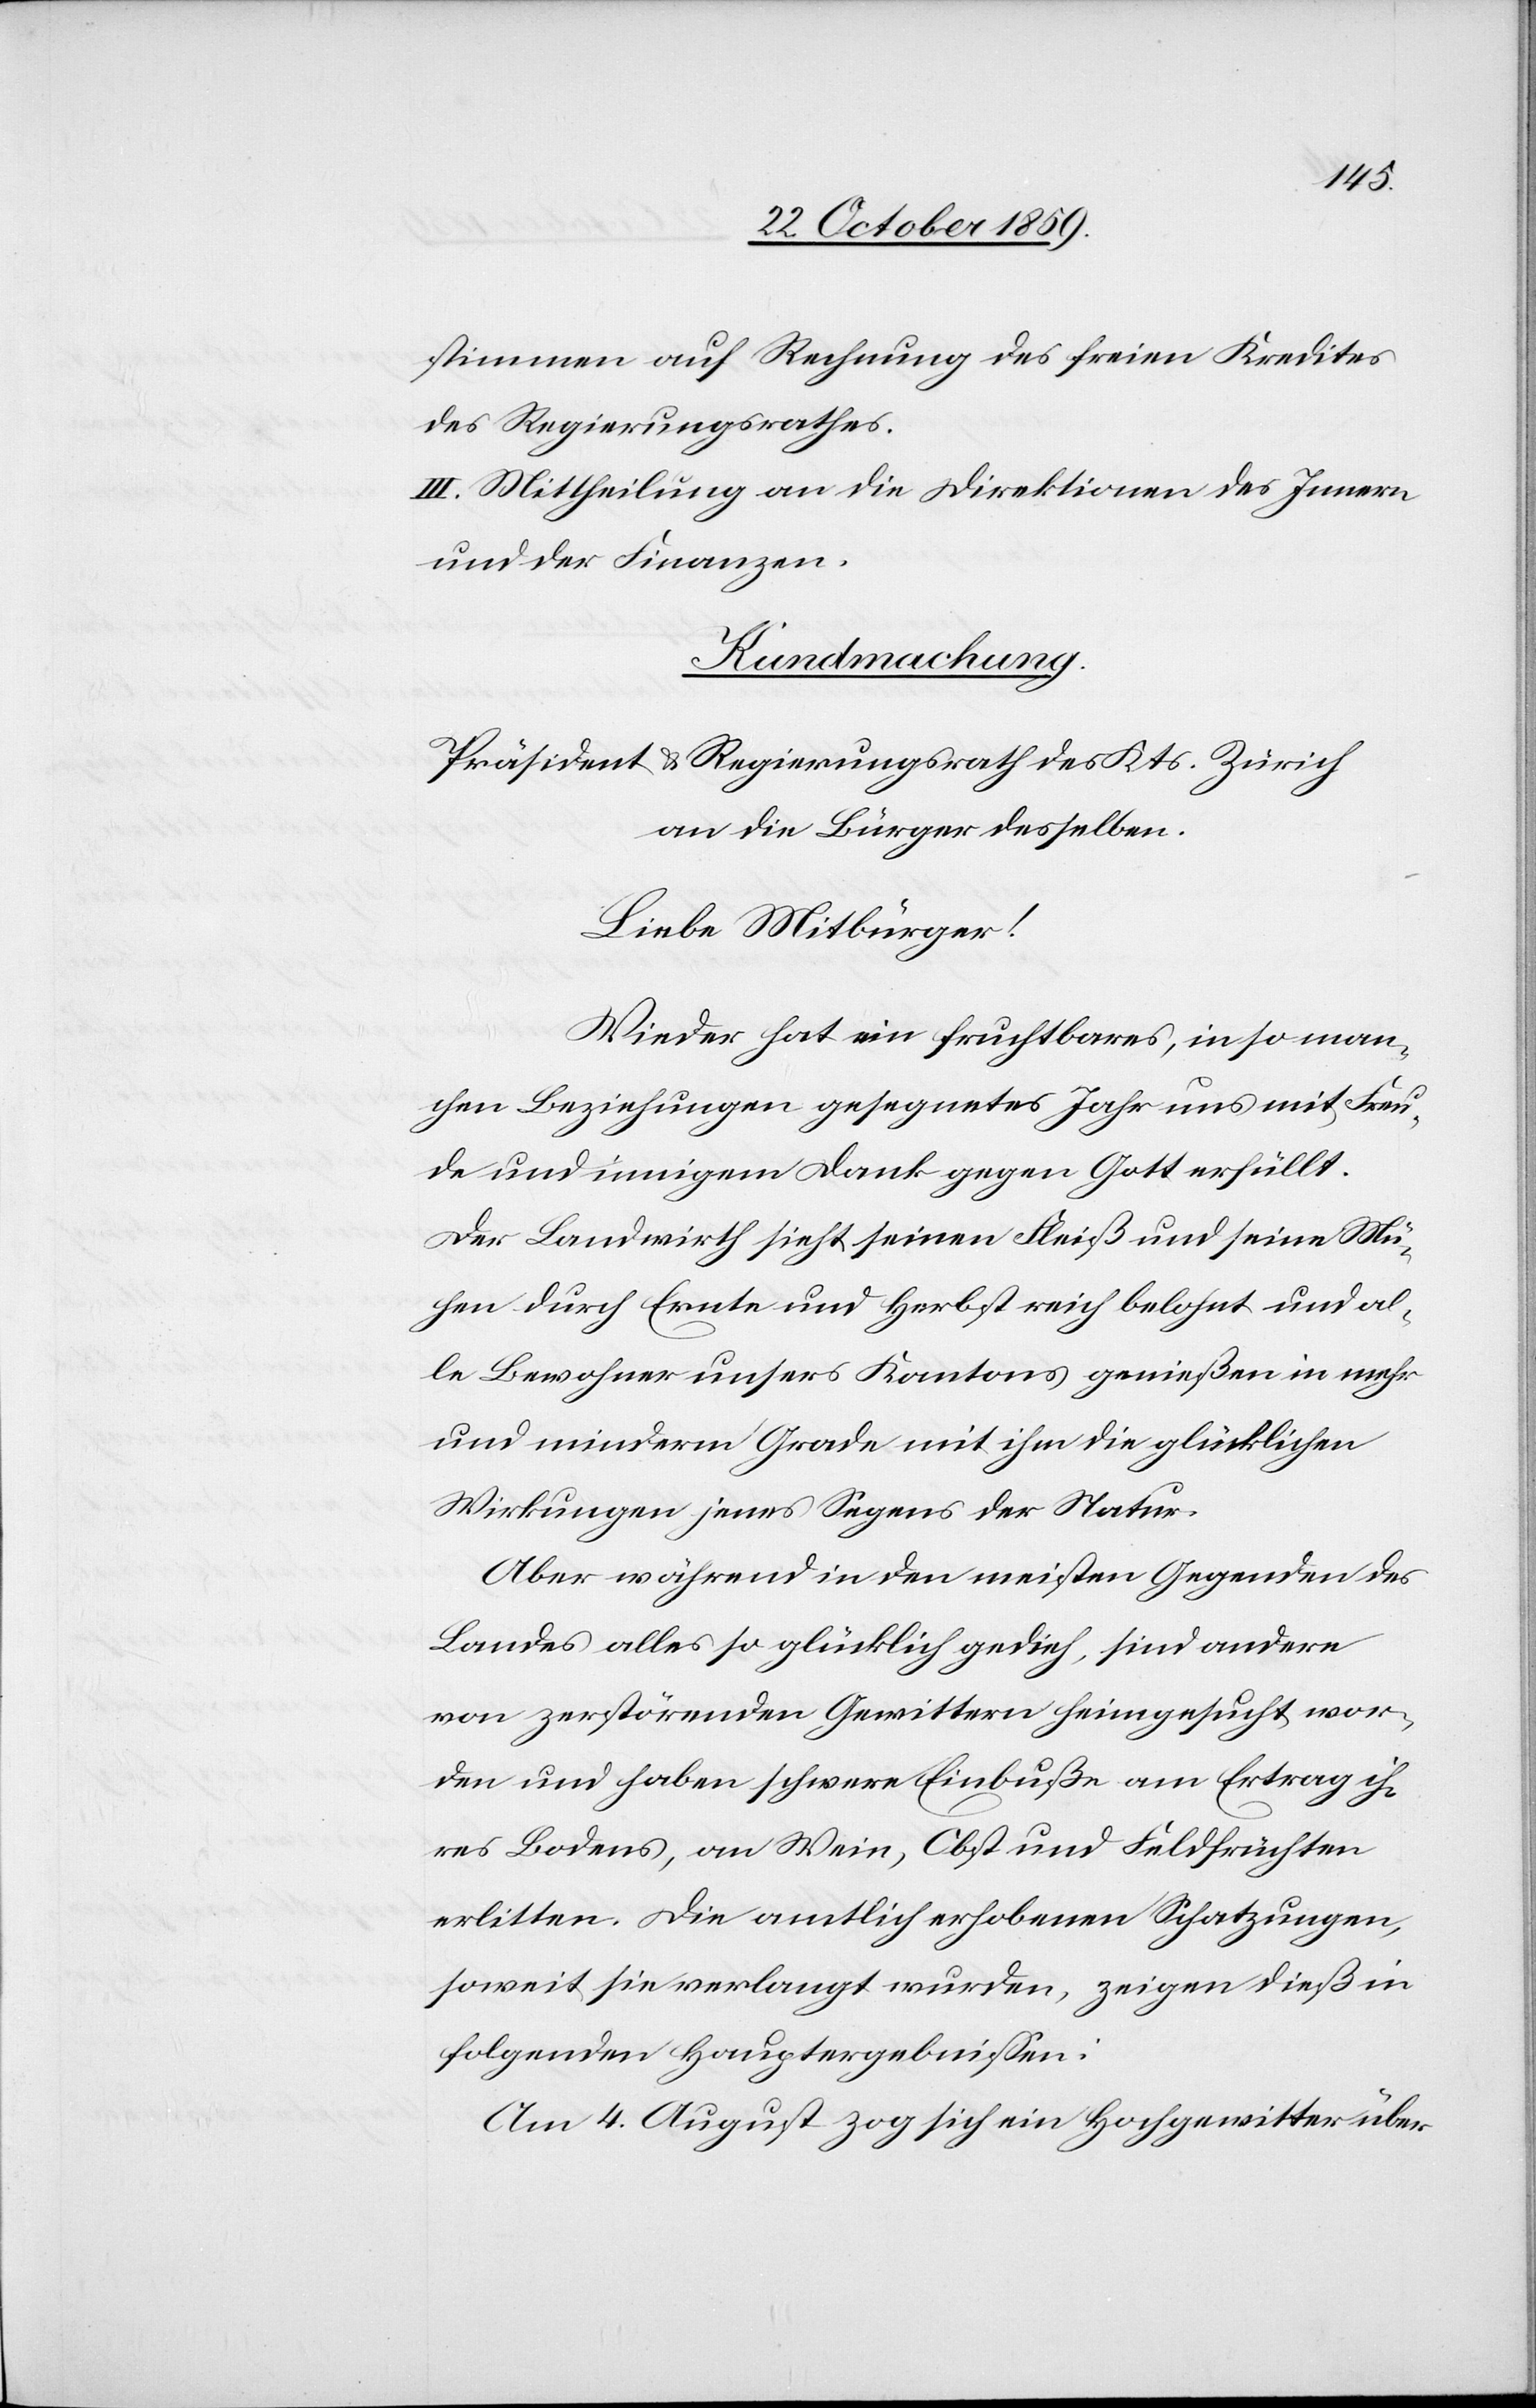
stimmen auf Rechnung des freien Kredites
des Regierungsrathes.
III. Mittheilung an die Direktionen des Innern
und der Finanzen.
Kundmachung.
Präsident & Regierungsrath des Kts. Zürich
an die Bürger desselben.
Liebe Mitbrüger!
Wieder hat ein fruchtbares, in so man¬
chen Beziehungen gesegnetes Jahr uns mit Freu¬
de und innigem Dank gegen Gott erfüllt.
Der Landwirth sieht seinen Fleiß und seine Mü¬
hen durch Ernte und Herbst reich belohnt und al¬
le Bewohner unsers Kantons genießen in mehr
und minderm Grade mit ihm die glücklichen
Wirkungen jenes Segens der Natur.
Aber während in den meisten Gegenden des
Landes alles so glücklich gedieh, sind andere
von zerstörenden Gewittern heimgesucht wor¬
den und haben schwere Einbuße am Ertrag ih¬
res Bodens, an Wein, Obst und Feldfrüchten
erlitten. Die amtlich erhobenen Schatzungen,
soweit sie verlangt wurden, zeigen dieß in
folgenden Hauptergebnissen:
Am 4. August zog sich ein Hochgewitter über